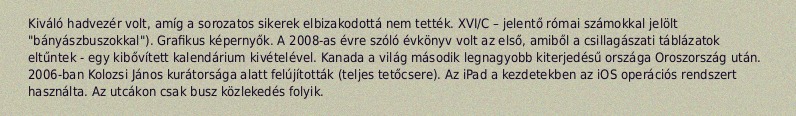
Kiváló hadvezér volt, amíg a sorozatos sikerek elbizakodottá nem tették. XVI/C – jelentő római számokkal jelölt "bányászbuszokkal"). Grafikus képernyők. A 2008-as évre szóló évkönyv volt az első, amiből a csillagászati táblázatok eltűntek - egy kibővített kalendárium kivételével. Kanada a világ második legnagyobb kiterjedésű országa Oroszország után. 2006-ban Kolozsi János kurátorsága alatt felújították (teljes tetőcsere). Az iPad a kezdetekben az iOS operációs rendszert használta. Az utcákon csak busz közlekedés folyik.